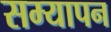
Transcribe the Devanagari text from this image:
सम्यापन